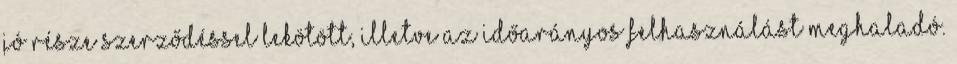
jó része szerződéssel lekötött, illetve az időarányos felhasználást meghaladó.